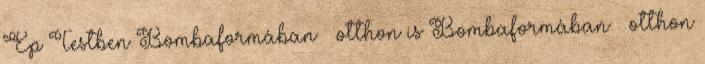
Ép Testben Bombaformában — otthon is Bombaformában — otthon